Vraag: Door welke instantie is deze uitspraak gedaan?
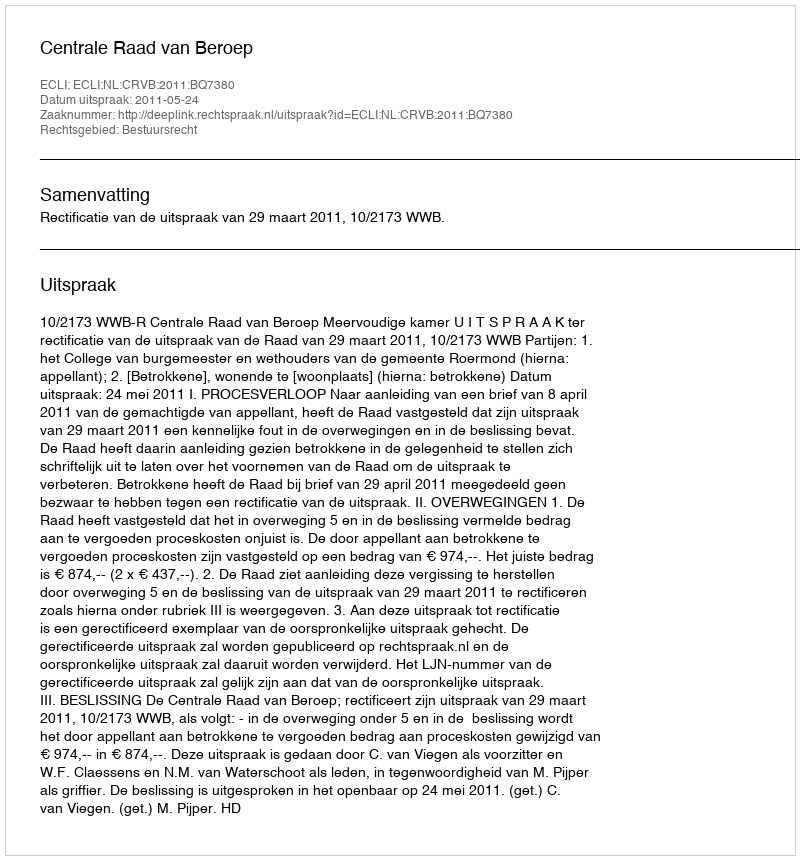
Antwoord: Centrale Raad van Beroep